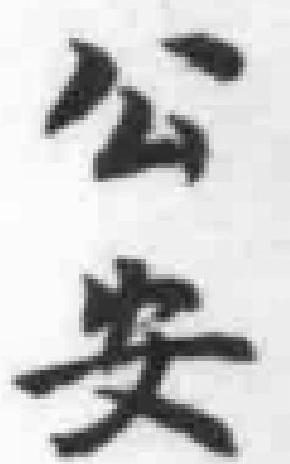
公安